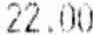
22.00